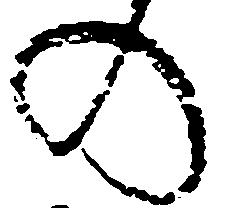
の